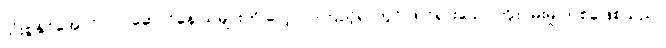
သုံးစွဲနိုင်အောင် လုပ်ဆောင်နေ သူများကို လေ့လာကြည့်ရာတွင် ထင်ရှားသောကြိုးပမ်းမှု တစ်ခုဖြစ်သည်။